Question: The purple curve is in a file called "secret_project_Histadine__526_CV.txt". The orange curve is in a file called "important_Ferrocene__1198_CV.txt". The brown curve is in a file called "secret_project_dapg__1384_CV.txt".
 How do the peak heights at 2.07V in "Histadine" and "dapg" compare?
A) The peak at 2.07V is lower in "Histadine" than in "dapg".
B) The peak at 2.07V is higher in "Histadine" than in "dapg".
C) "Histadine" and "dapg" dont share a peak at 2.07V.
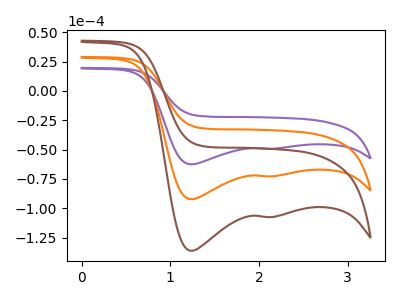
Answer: <think>The purple curve "Histadine" has cathodic peaks at (1.25V, -62.50uA) (2.05V, -49.30uA). The orange curve "Ferrocene" has cathodic peaks at (1.25V, -92.30uA) (2.05V, -72.80uA). The brown curve "dapg" has cathodic peaks at (1.25V, -184.60uA) (2.05V, -145.60uA).</think>
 <answer>A) The peak at 2.07V is lower in "Histadine" than in "dapg".</answer>
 <eval>A</eval>